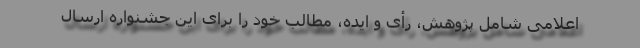
اعلامی شامل پژوهش، رأی و ایده‌، مطالب خود را برای این جشنواره ارسال